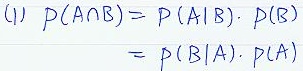
(1) \[
\begin{align*}
P(A\cap B)&=P(A|B)\cdot P(B)\\
&=P(B|A)\cdot P(A)
\end{align*}
\]